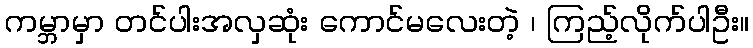
ကမ္ဘာမှာ တင်ပါးအလှဆုံး ကောင်မလေးတဲ့ ၊ ကြည့်လိုက်ပါဦး။